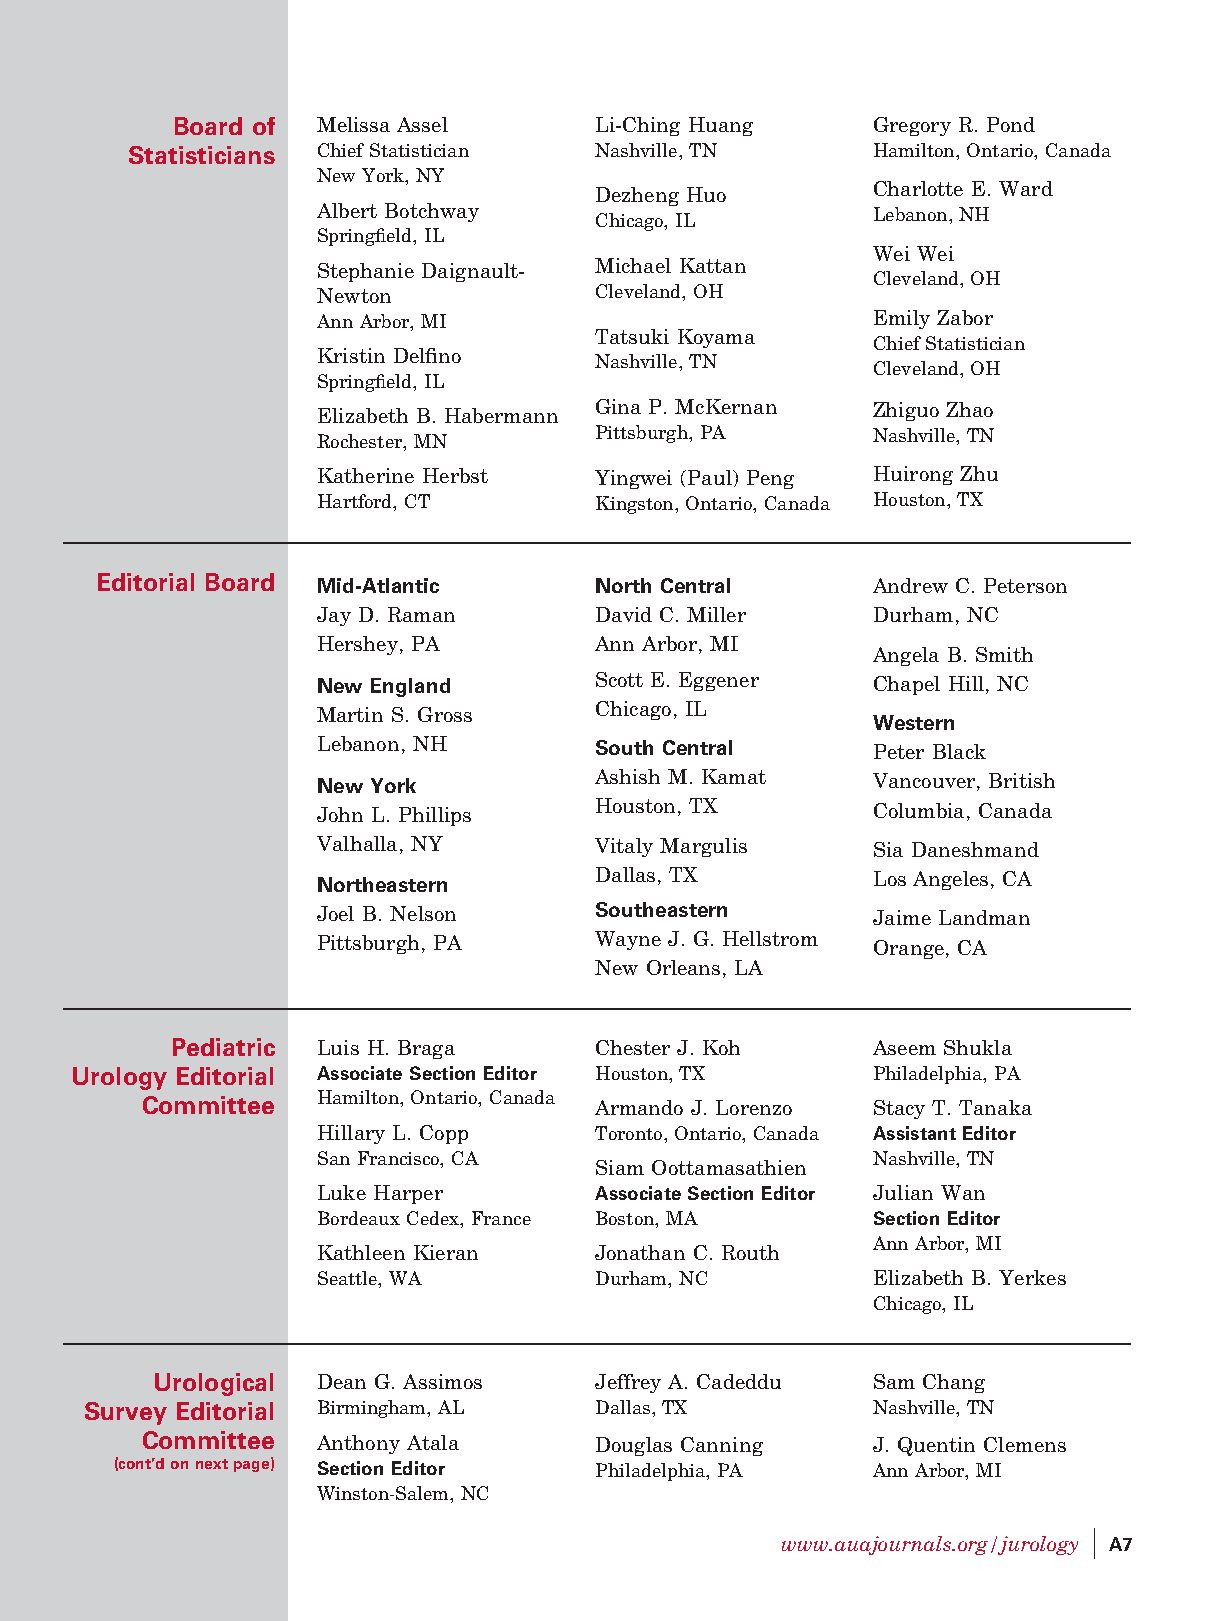
Board of  Melissa Assel     Li-Ching Huang     Gregory R. Pond
 Statisticians Chief Statistician Nashville,TN     Hamilton,Ontario,Canada
 New York, NY
 Dezheng Huo        Charlotte E. Ward
 Albert Botchway   Chicago, IL        Lebanon,NH
 Springfield, IL
 Wei Wei
 Stephanie Daignault- Michael Kattan
 Cleveland,OH
 Newton            Cleveland,OH
 Ann Arbor, MI                        Emily Zabor
 Tatsuki Koyama
 ChiefStatistician
 Kristin Delfino
 Nashville,TN
 Cleveland,OH
 Springfield, IL
 Elizabeth B. Habermann Gina P. McKernan Zhiguo Zhao
 Rochester, MN     Pittsburgh,PA      Nashville,TN
 Katherine Herbst  Yingwei (Paul) Peng Huirong Zhu
 Hartford, CT      Kingston,Ontario, Canada Houston,TX
 Editorial Board Mid-Atlantic     North Central      Andrew C. Peterson
 Jay D. Raman      David C. Miller    Durham, NC
 Hershey, PA       Ann Arbor, MI
 Angela B. Smith
 New England       Scott E. Eggener   Chapel Hill, NC
 Martin S. Gross   Chicago, IL
 Western
 Lebanon, NH       South Central      Peter Black
 New York          Ashish M. Kamat    Vancouver, British
 John L. Phillips  Houston, TX        Columbia, Canada
 Valhalla, NY      Vitaly Margulis    Sia Daneshmand
 Northeastern      Dallas, TX         Los Angeles, CA
 Joel B. Nelson    Southeastern       Jaime Landman
 Pittsburgh, PA    Wayne J. G. Hellstrom Orange, CA
 New Orleans, LA
 Pediatric Luis H. Braga     Chester J. Koh     Aseem Shukla
 Urology Editorial Associate SectionEditor Houston,TX Philadelphia, PA
 Committee   Hamilton,Ontario, Canada Armando J. Lorenzo Stacy T. Tanaka
 Hillary L. Copp   Toronto,Ontario, Canada AssistantEditor
 SanFrancisco, CA                     Nashville,TN
 Siam Oottamasathien
 Luke Harper       AssociateSection Editor Julian Wan
 Bordeaux Cedex,France Boston,MA      SectionEditor
 AnnArbor, MI
 Kathleen Kieran   Jonathan C. Routh
 Seattle, WA       Durham,NC          Elizabeth B. Yerkes
 Chicago, IL
 Urological Dean G. Assimos   Jeffrey A. Cadeddu Sam Chang
 Survey Editorial Birmingham, AL   Dallas,TX          Nashville,TN
 Committee   Anthony Atala     Douglas Canning    J. Quentin Clemens
 (cont’donnextpage) SectionEditor Philadelphia, PA  AnnArbor, MI
 Winston-Salem, NC
 j
 www.auajournals.org/jurology A7